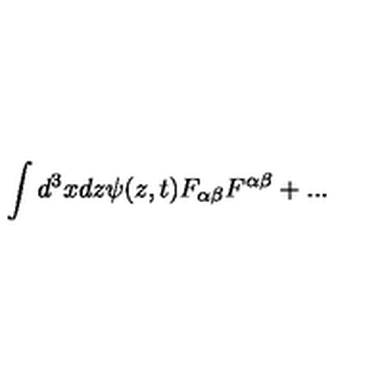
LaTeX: \int d ^ { 3 } x d z \psi ( z , t ) F _ { \alpha \beta } F ^ { \alpha \beta } + . . .